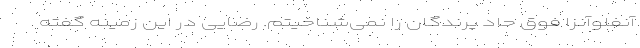
آنفلوآنزا فوق حاد پرندگان را نمی‌شناخیتم. رضایی در این زمینه گفته